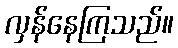
လှန်နေကြသည်။